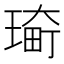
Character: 𤨀